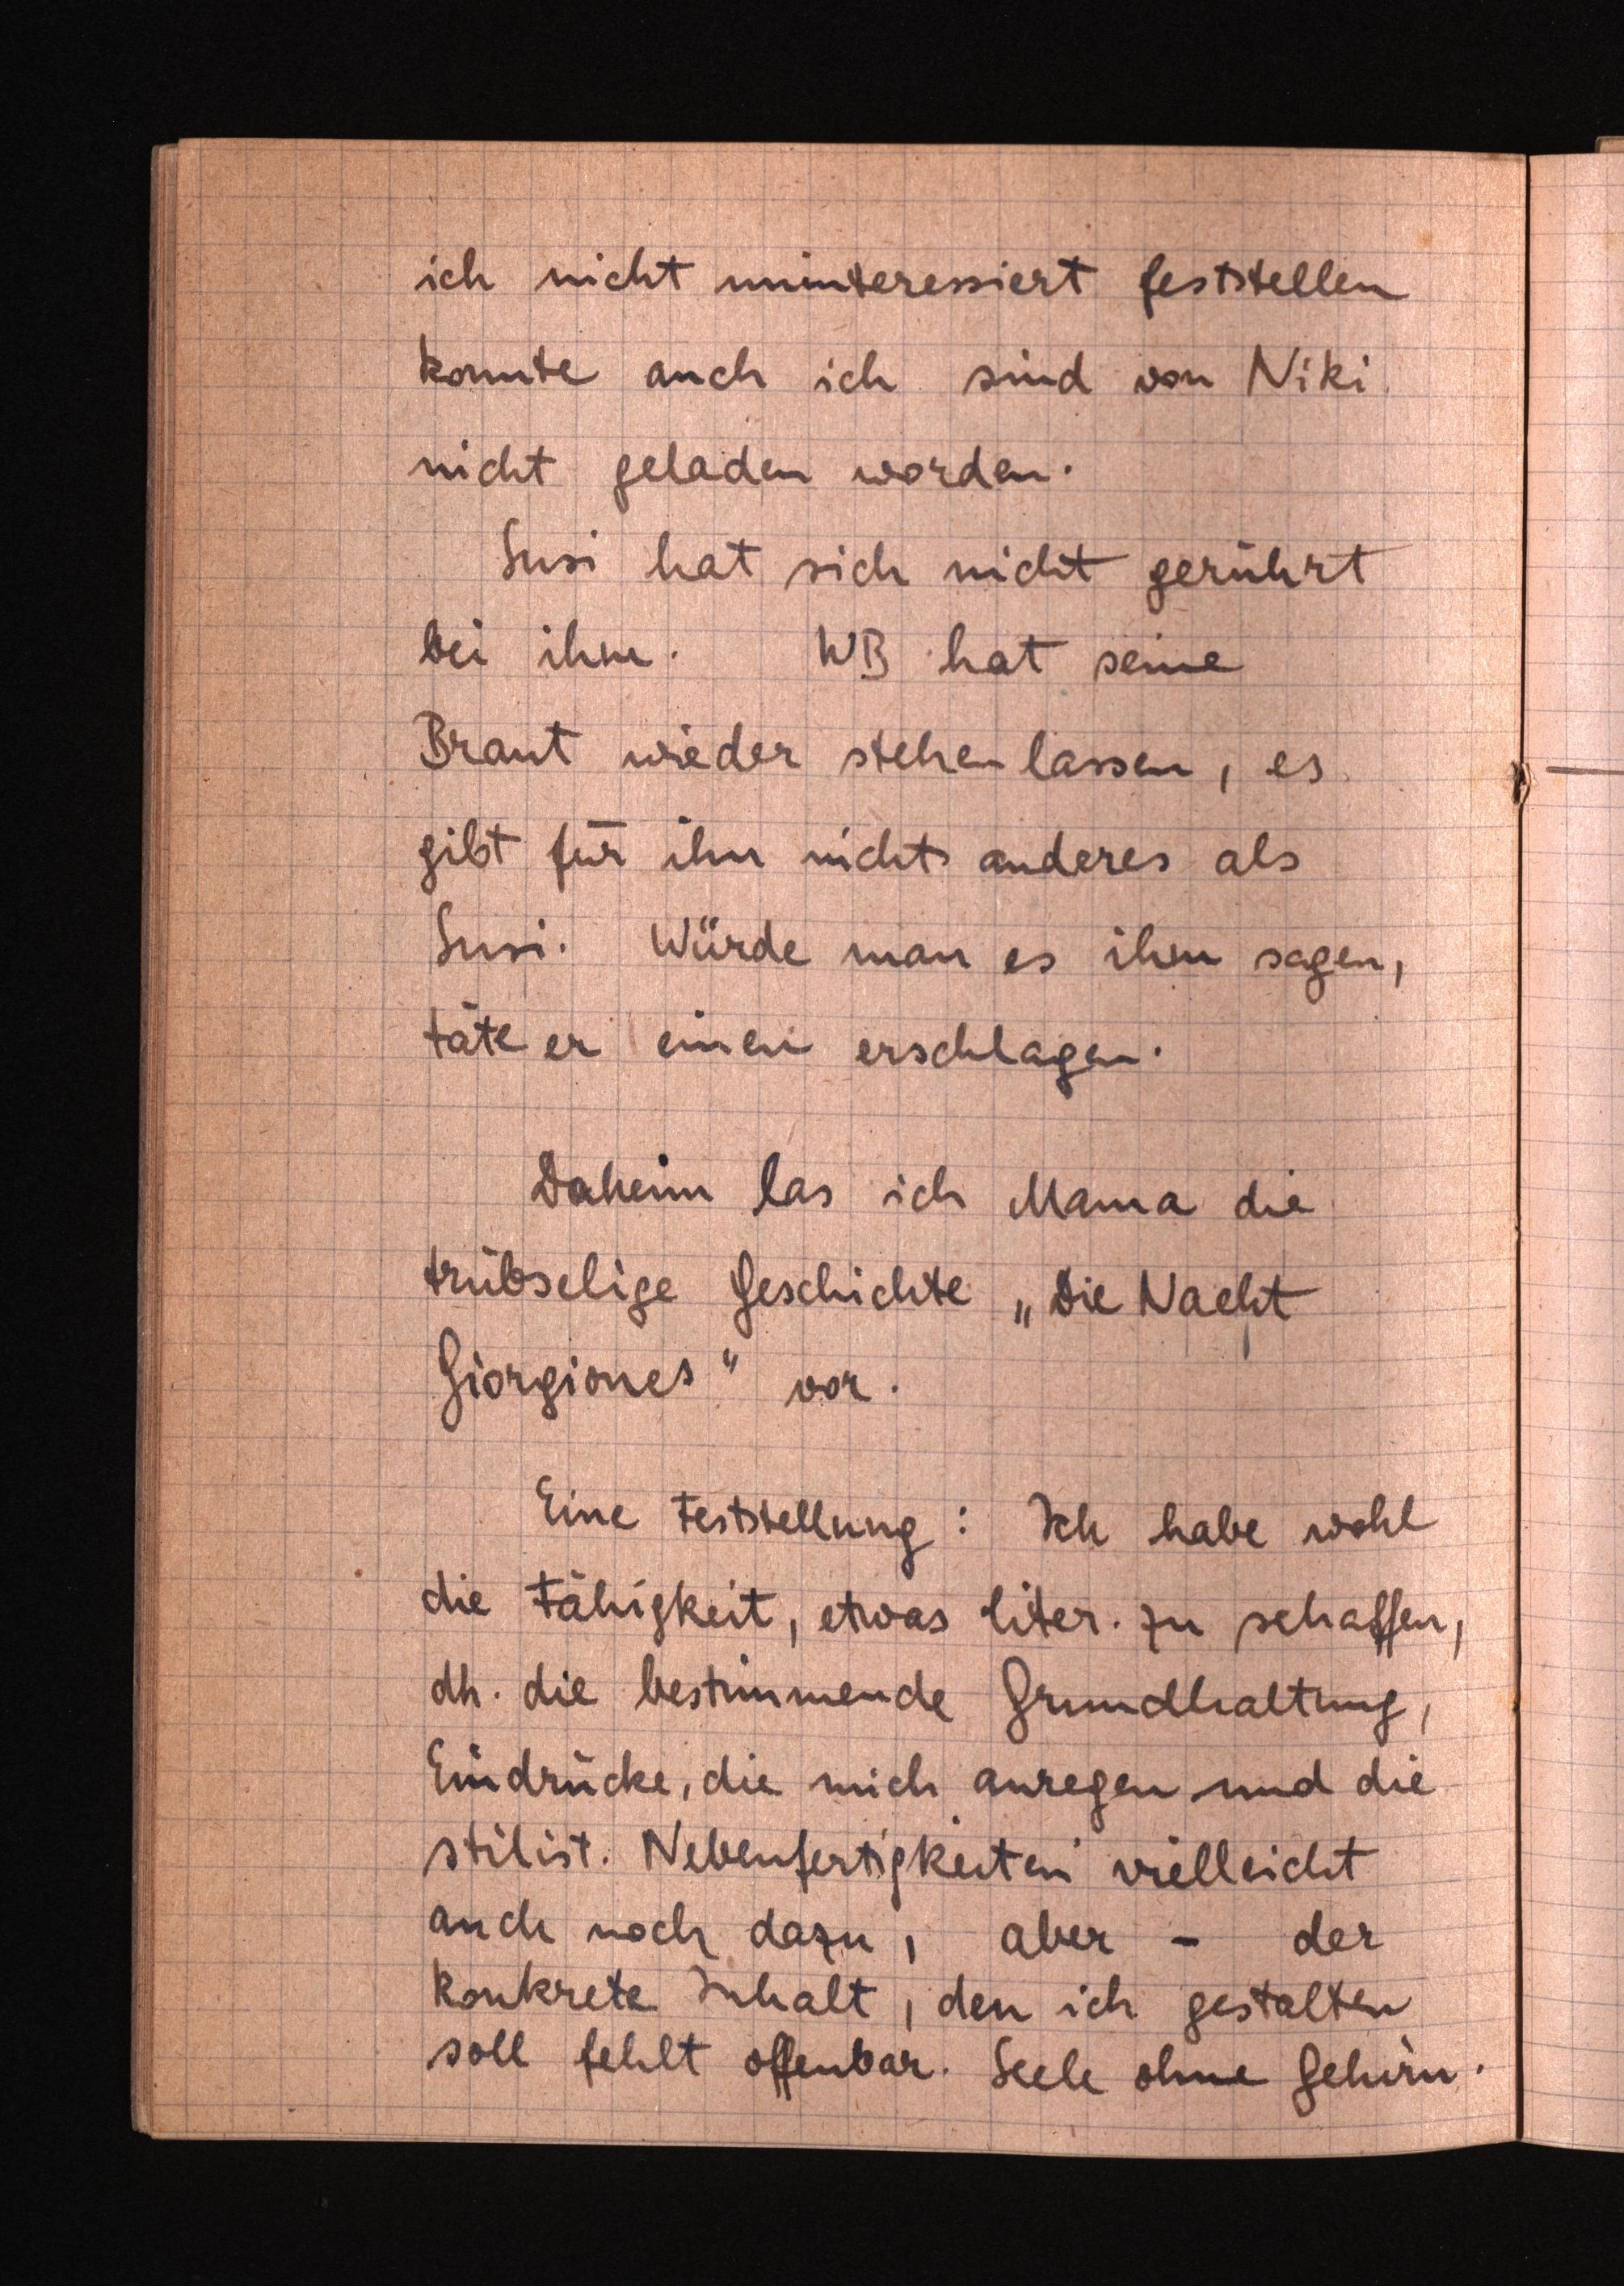
ich nichtuninteressiert feststellen
konnte auch ich sind von Niki
nicht geladen worden.
Susi hat sich nicht gerührt
bei ihm.WB hatseine
Braut wieder stehenlassen, es
gibt für ihn nichts anderes als
Susi. Würde man es ihm sagen,
täte er einen erschlagen.
Daheim las ich Mama die
trübselige Geschichte "Die Nacht
Giorgiones"vor.
Eine Feststellung: Ich habe wohl
die Fähigkeit, etwas liter. zu schaffen,
dh. die bestimmende Grundhaltung,
Eindrücke, die mich anregen unddie
stilist. Nebenfertigkeiten vielleicht
auch noch dazu, aber - der
konkrete Inhalt, den ich gestalten
soll fehlt offenbar. Seele ohne Gehirn.